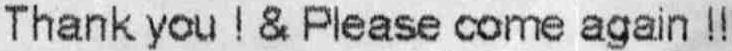
THANK YOU ! & PLEASE COME AGAIN !!